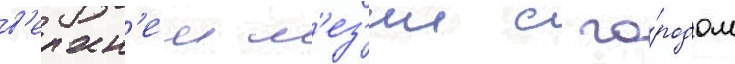
в'ерхн'еи м'ез'ии с го́родом